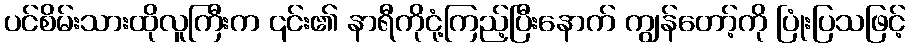
ပင်စိမ်းသားထိုလူကြီးက ၎င်း၏ နာရီကိုငုံ့ကြည့်ပြီးနောက် ကျွန်တော့်ကို ပြုံးပြသဖြင့်